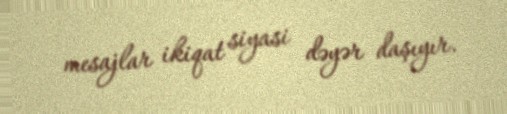
mesajlar ikiqat siyasi dəyər daşıyır.